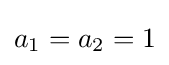
a_{1}=a_{2}=1